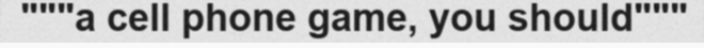
"""a cell phone game, you should"""